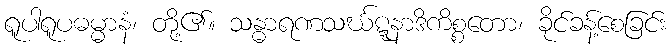
ရူပါရူပဓမ္မာနံ၊ တို့၏။ သန္ဓာရဏသင်္ဃဋ္ဋနာဒိကိစ္စတော၊ ခိုင်ခန့်စေခြင်း